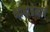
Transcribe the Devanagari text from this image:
भाषाप्रेमाचे